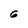
Character: 6